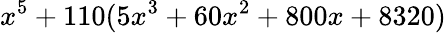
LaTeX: x^{5}+110(5x^{3}+60x^{2}+800x+8320)